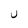
Character: U